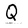
Character: Q